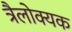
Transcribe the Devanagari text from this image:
त्रैलोक्यक